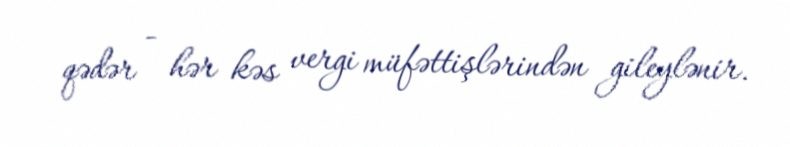
qədər - hər kəs vergi müfəttişlərindən gileylənir.